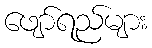
ဖျော်ရည်များ